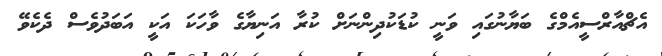
އެޗްއާރްސީއެމްގެ ބަޔާނުގައި ވަނީ ކުޑަކުދިންނަށް ކުރާ އަނިޔާގެ ވާހަކަ އަކީ އަބަދުވެސް ދެކެވޭ